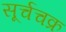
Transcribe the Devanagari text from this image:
सूर्चचक्र